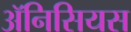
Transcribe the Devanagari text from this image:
ॲनिसियस